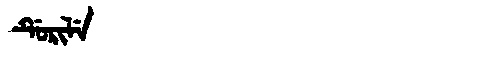
Manchu: ᡩᡠᡵᡳᠯᡝ
Romanization: DURILE